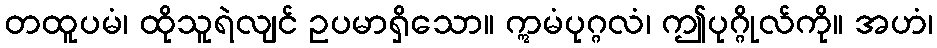
တထူပမံ၊ ထိုသူရဲလျင် ဥပမာရှိသော။ ဣမံပုဂ္ဂလံ၊ ဤပုဂ္ဂိုလ်ကို။ အဟံ၊